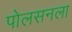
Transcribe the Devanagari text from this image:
पोलसनला